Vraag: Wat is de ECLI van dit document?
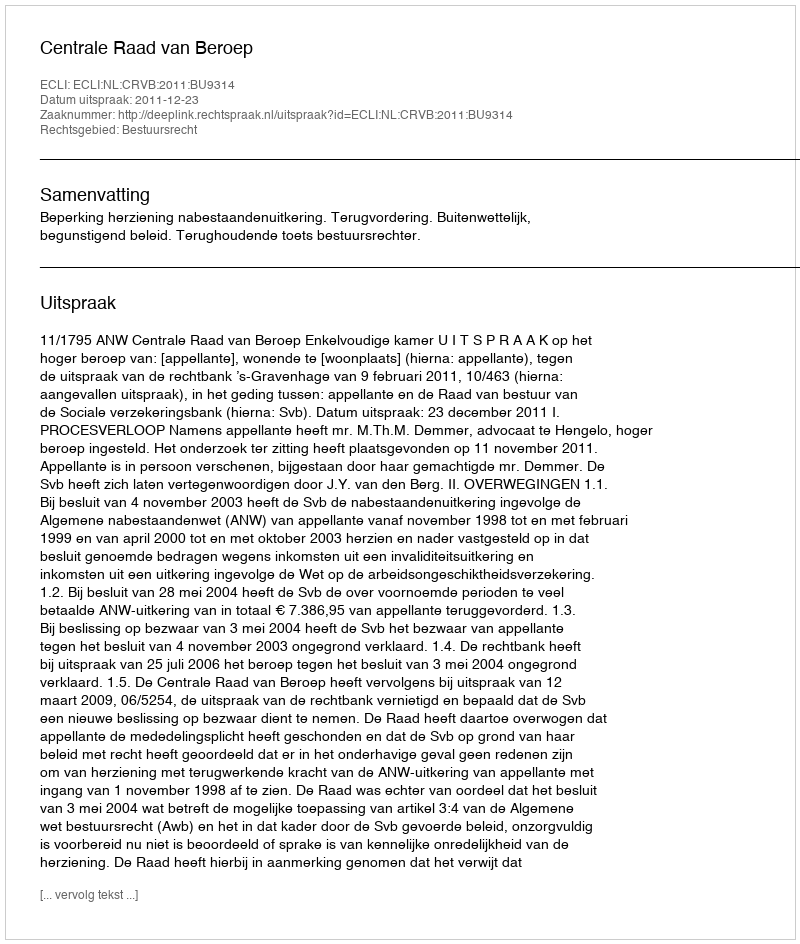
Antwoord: ECLI:NL:CRVB:2011:BU9314